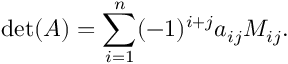
\operatorname* { d e t } ( A ) = \sum _ { i = 1 } ^ { n } ( - 1 ) ^ { i + j } a _ { i j } M _ { i j } .